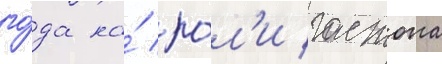
го́да на́ ро́л'и гастона